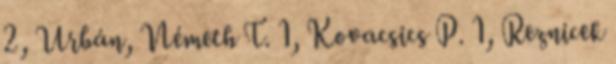
2, Urbán, Németh T. 1, Kovacsics P. 1, Reznicek